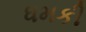
ધમકી